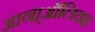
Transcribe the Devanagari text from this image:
आना्ऑलियह